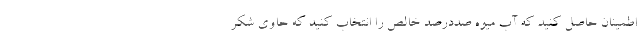
اطمینان حاصل کنید که آب‌ میوه صددرصد خالص را انتخاب کنید که حاوی شکر